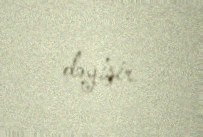
dəyişir.